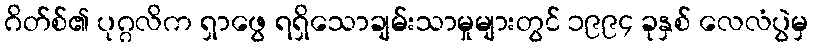
ဂိတ်စ်၏ ပုဂ္ဂလိက ရှာဖွေ ရရှိသောချမ်းသာမှုများတွင် ၁၉၉၄ ခုနှစ် လေလံပွဲမှ